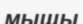
мышы